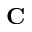
\mathbf { C }